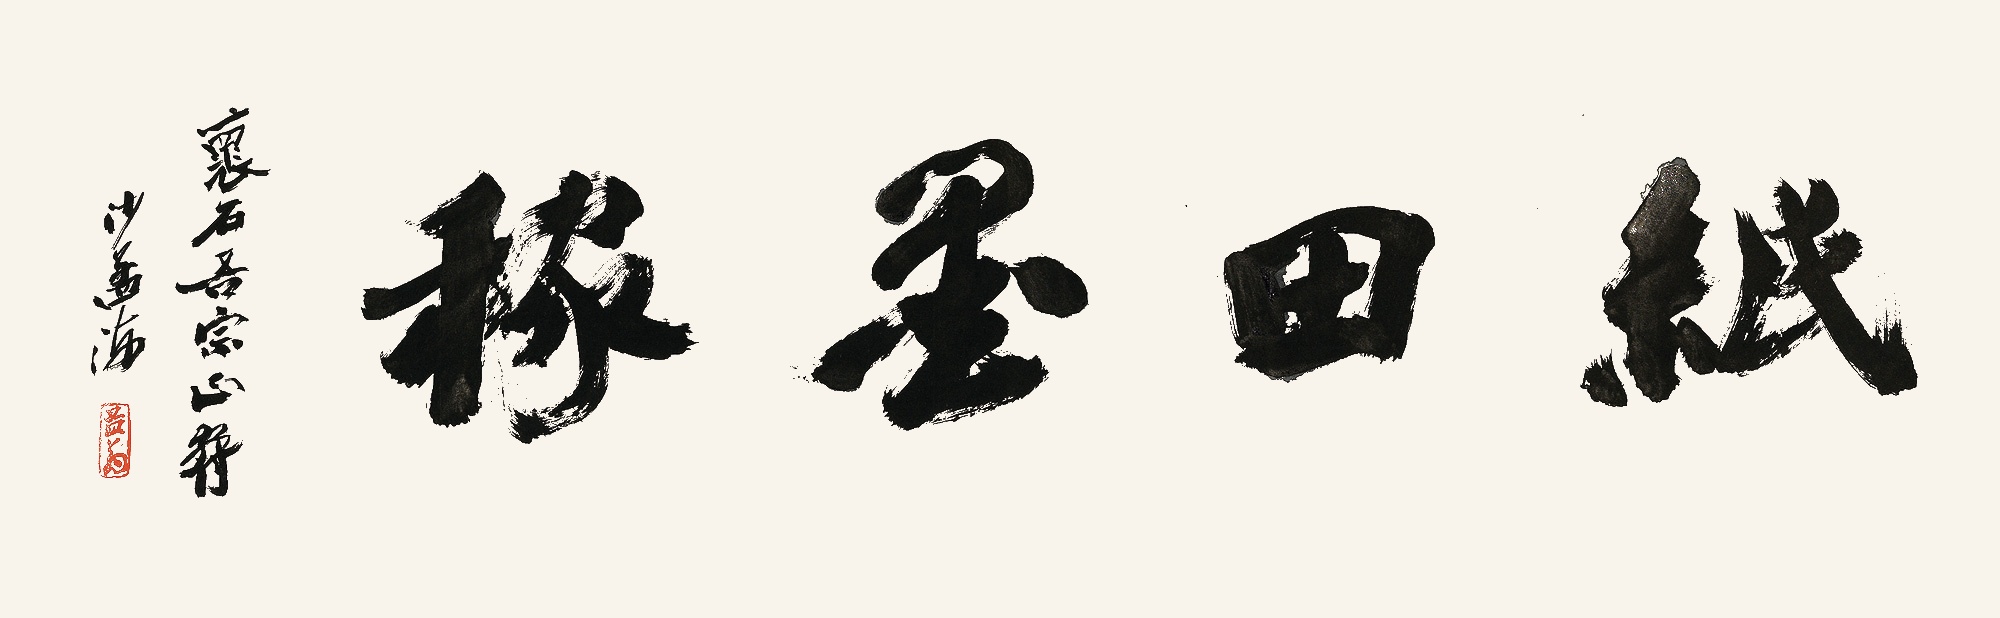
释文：纸田墨稼。怀石吾宗正腕，沙孟海。